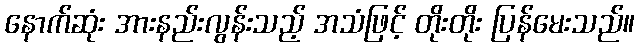
နောက်ဆုံး အားနည်းလွန်းသည့် အသံဖြင့် တိုးတိုး ပြန်မေးသည်။